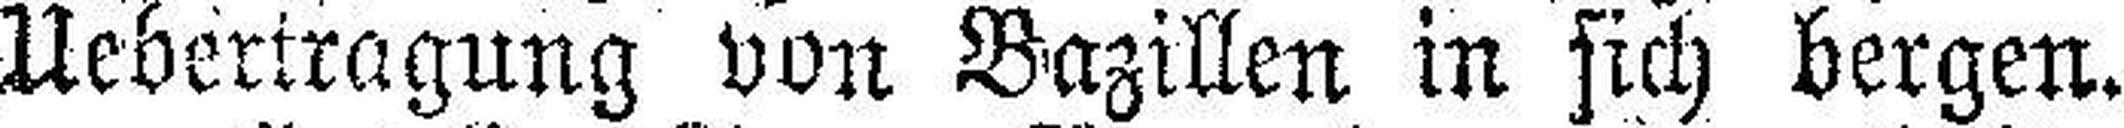
Uebertragung von Bazillen in sich bergen.